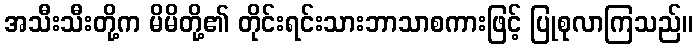
အသီးသီးတို့က မိမိတို့၏ တိုင်းရင်းသားဘာသာစကားဖြင့် ပြုစုလာကြသည်။